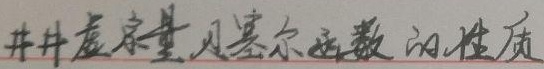
并井虚宗量贝塞尔函数的性质